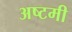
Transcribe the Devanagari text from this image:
अष्‍टमी